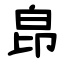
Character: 皍